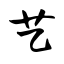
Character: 艺